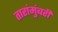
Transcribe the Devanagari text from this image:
तारांमुंबरी